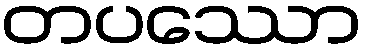
တပဿော